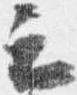
云